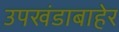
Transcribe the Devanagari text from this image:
उपखंडाबाहेर